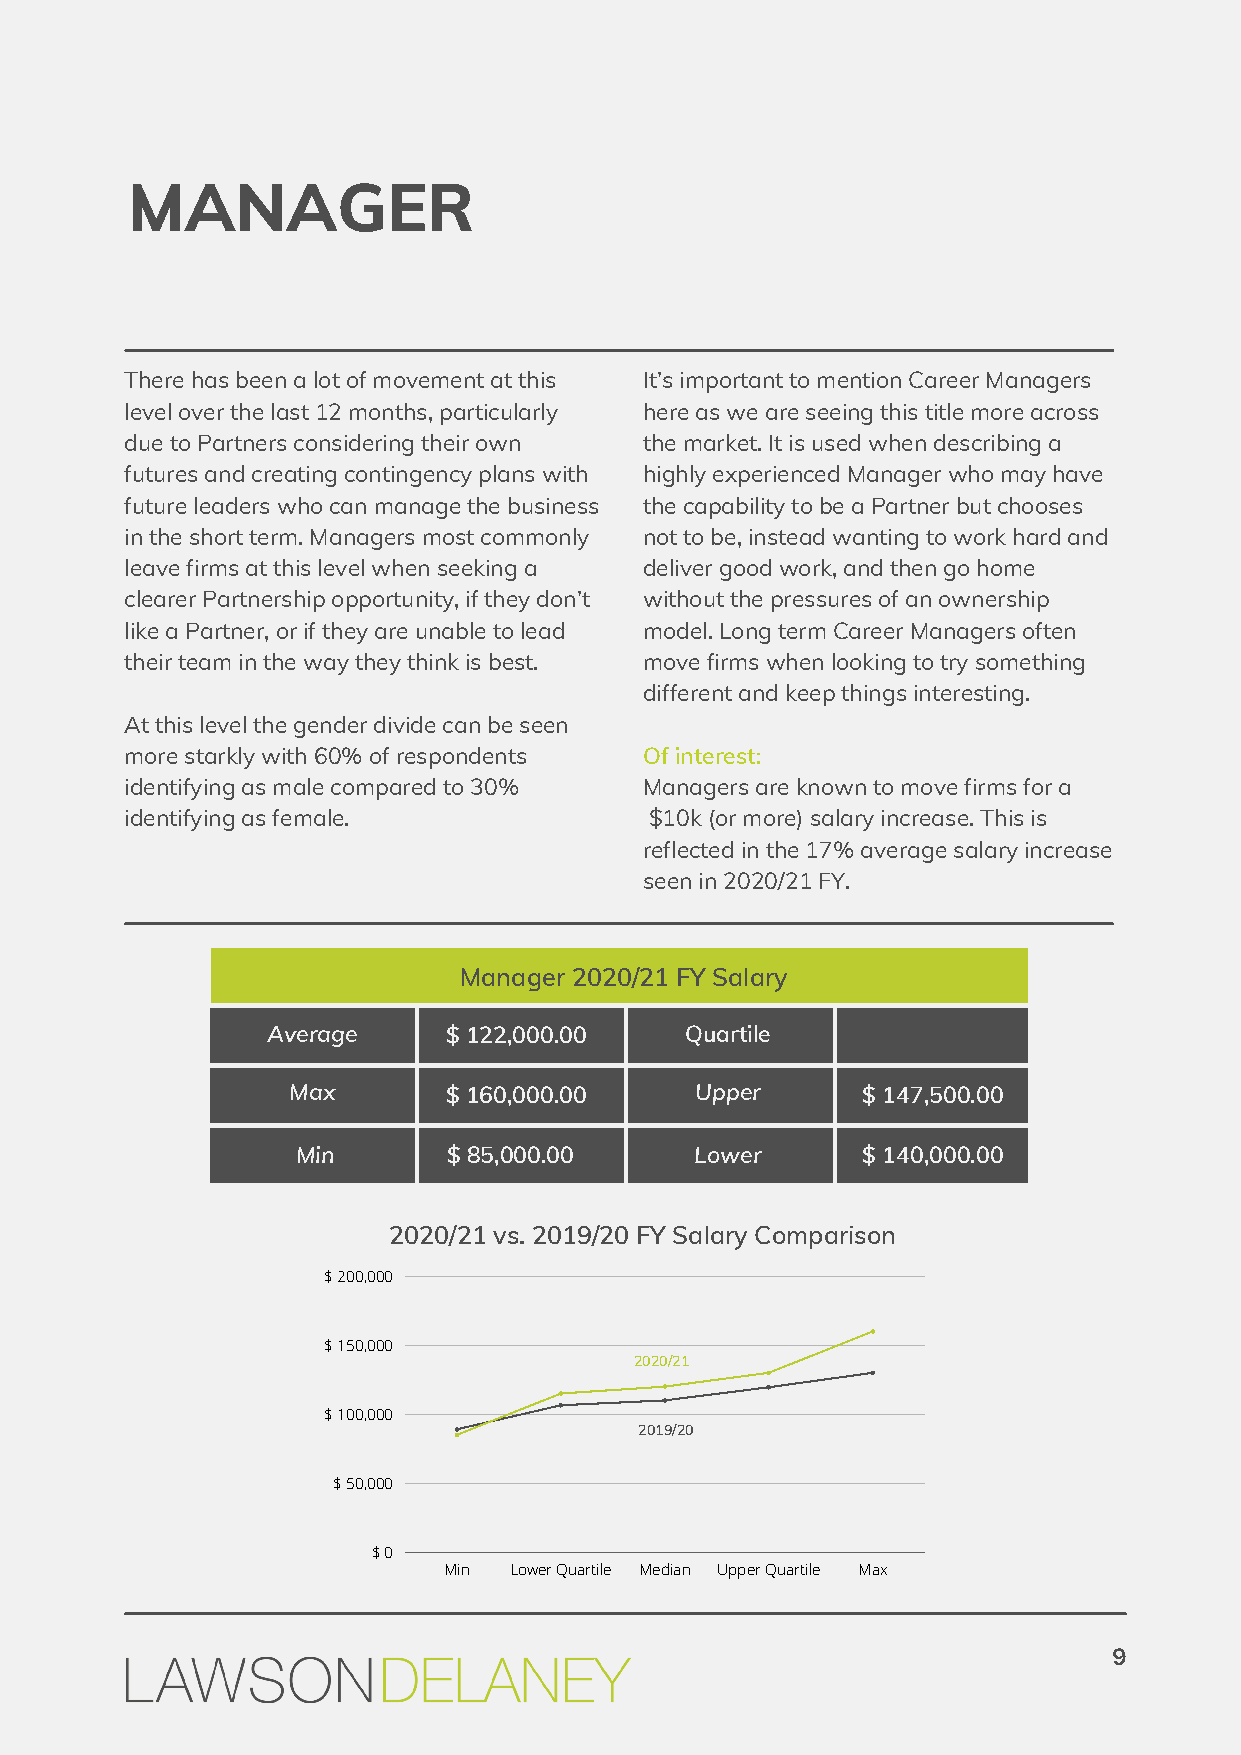
MANAGER
 There has been a lot of movement at this It’s important to mention Career Managers
 level over the last 12 months, particularly here as we are seeing this title more across
 due to Partners considering their own the market. It is used when describing a
 futures and creating contingency plans with highly experienced Manager who may have
 future leaders who can manage the business the capability to be a Partner but chooses
 in the short term. Managers most commonly not to be, instead wanting to work hard and
 leave firms at this level when seeking a deliver good work, and then go home
 clearer Partnership opportunity, if they don’t without the pressures of an ownership
 like a Partner, or if they are unable to lead model. Long term Career Managers often
 their team in the way they think is best. move firms when looking to try something
 different and keep things interesting.
 At this level the gender divide can be seen
 more starkly with 60% of respondents Of interest:
 identifying as male compared to 30% Managers are known to move firms for a
 identifying as female.             $10k (or more) salary increase. This is
 reflected in the 17% average salary increase
 seen in 2020/21 FY.
 Manager 2020/21 FY Salary
 Average     $ 122,000.00   Quartile
 Max        $ 160,000.00    Upper      $ 147,500.00
 Min       $ 85,000.00     Lower      $ 140,000.00
 2020/21 vs. 2019/20 FY Salary Comparison
 $ 200,000
 $ 150,000
 2020/21
 $ 100,000
 2019/20
 $ 50,000
 $ 0
 Min  Lower Quartile Median Upper Quartile Max
 9